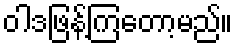
ဝါဒဖြန့်ကြတော့မည်။